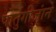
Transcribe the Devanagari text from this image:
पोर्तुगीजांने